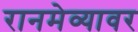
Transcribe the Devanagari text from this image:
रानमेव्यावर